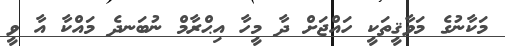
މަކާނުގެ މަވާޤީތަކީ ހައްޖަށް ދާ މީހާ އިޙްރާމް ނުބަނދެ މައްކާ އާ ވީ